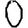
Digit: 0